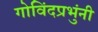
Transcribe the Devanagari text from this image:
गोविंदप्रभुंनी